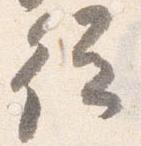
従